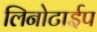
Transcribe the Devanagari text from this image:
लिनोटाईप